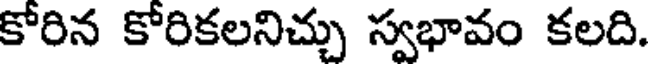
కోరిన కోరికలనిచ్చు స్వభావం కలది.